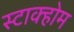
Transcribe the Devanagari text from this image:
स्टाक्होम